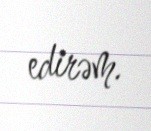
edirəm.